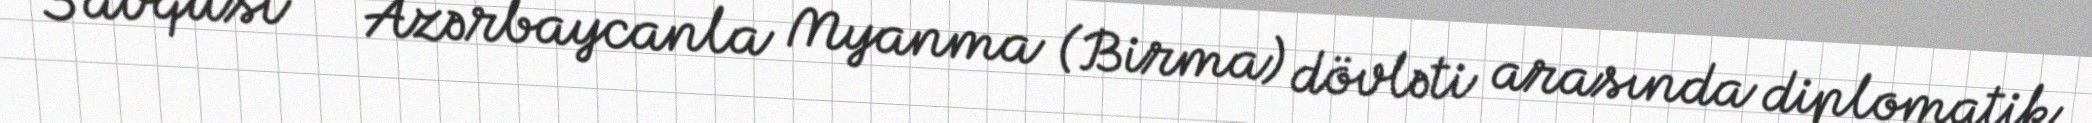
3 avqust — Azərbaycanla Myanma (Birma) dövləti arasında diplomatik